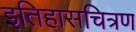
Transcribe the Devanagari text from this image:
इतिहासचित्रण